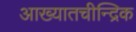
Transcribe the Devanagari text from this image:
आख्यातचीन्द्रिक